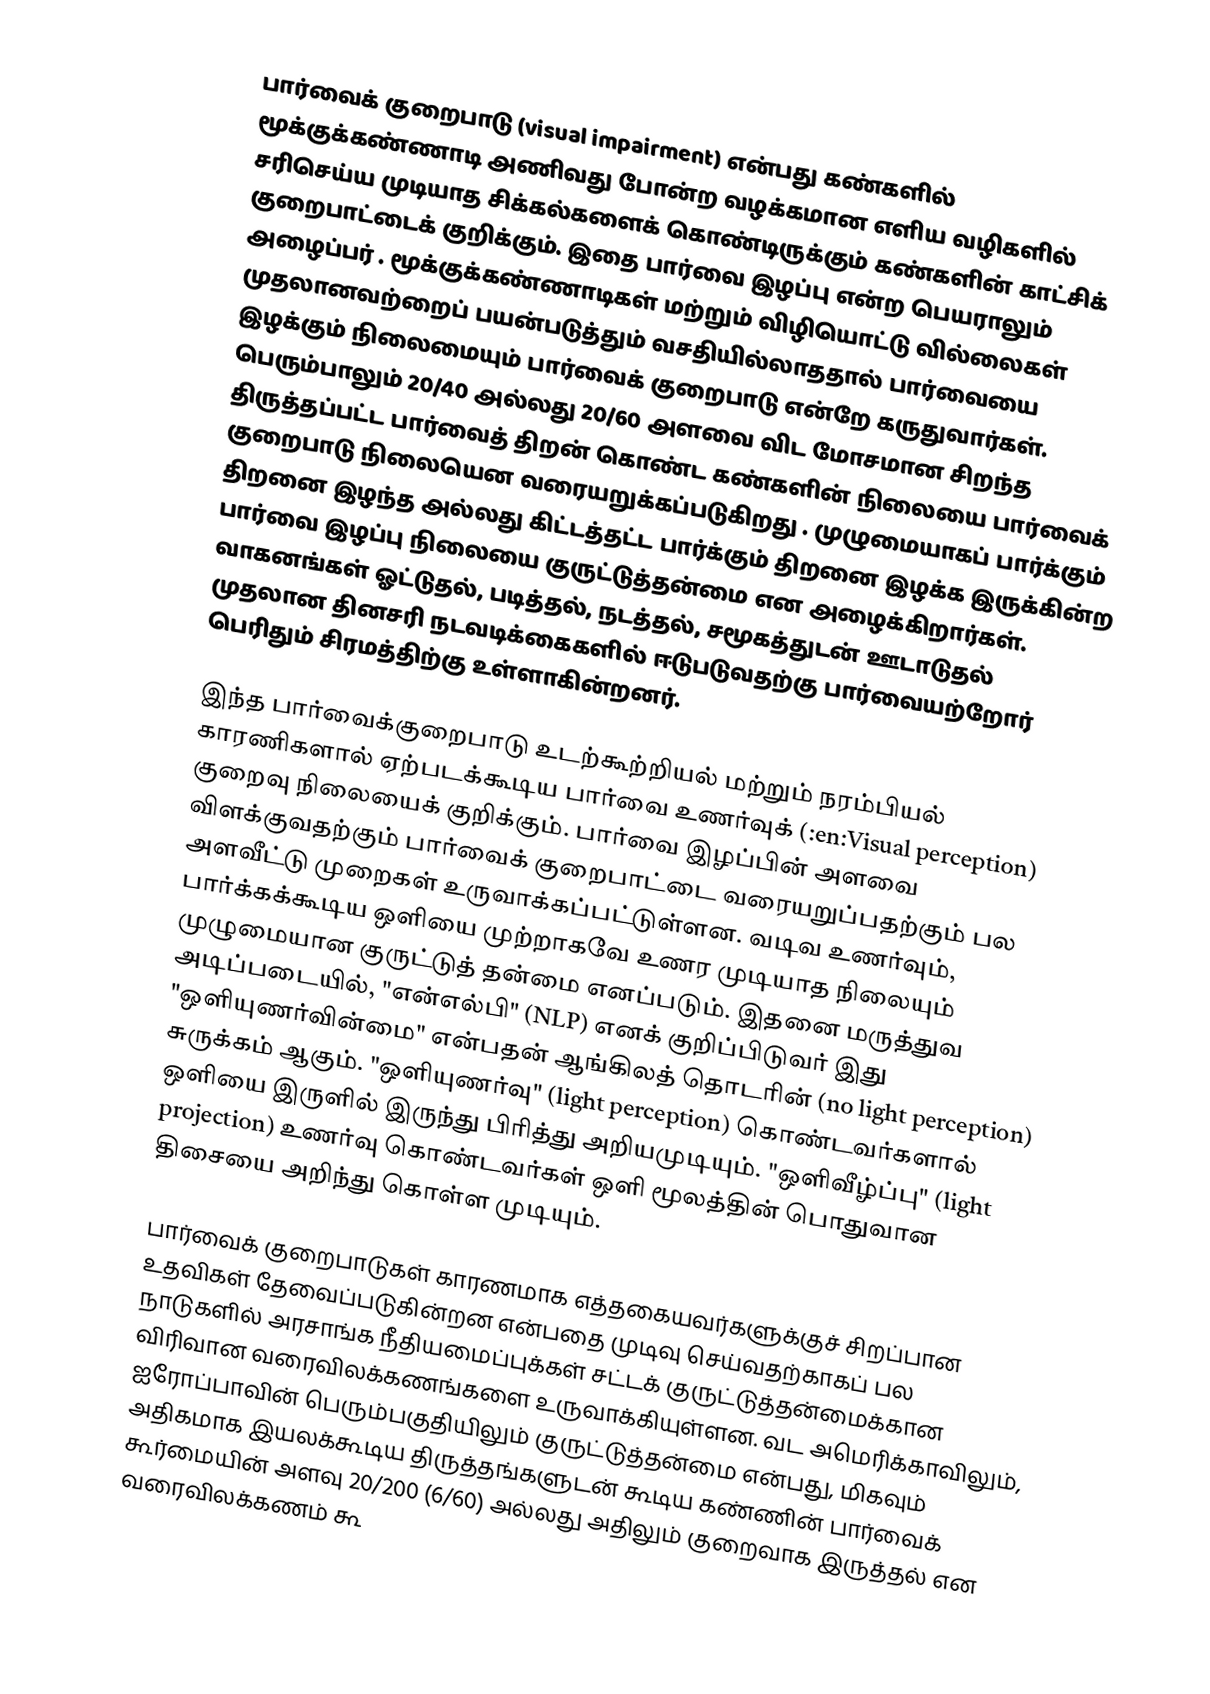
பார்வைக் குறைபாடு (visual impairment) என்பது கண்களில் மூக்குக்கண்ணாடி அணிவது போன்ற வழக்கமான எளிய வழிகளில் சரிசெய்ய முடியாத சிக்கல்களைக் கொண்டிருக்கும் கண்களின் காட்சிக் குறைபாட்டைக் குறிக்கும்.  இதை பார்வை இழப்பு என்ற பெயராலும் அழைப்பர் . மூக்குக்கண்ணாடிகள் மற்றும் விழியொட்டு வில்லைகள் முதலானவற்றைப் பயன்படுத்தும் வசதியில்லாததால் பார்வையை இழக்கும் நிலைமையும் பார்வைக் குறைபாடு என்றே கருதுவார்கள். பெரும்பாலும் 20/40 அல்லது 20/60  அளவை விட மோசமான சிறந்த திருத்தப்பட்ட பார்வைத் திறன் கொண்ட கண்களின் நிலையை பார்வைக் குறைபாடு நிலையென வரையறுக்கப்படுகிறது . முழுமையாகப் பார்க்கும் திறனை இழந்த அல்லது கிட்டத்தட்ட பார்க்கும் திறனை இழக்க இருக்கின்ற பார்வை இழப்பு நிலையை குருட்டுத்தன்மை என அழைக்கிறார்கள். வாகனங்கள் ஓட்டுதல், படித்தல், நடத்தல், சமூகத்துடன் ஊடாடுதல் முதலான தினசரி நடவடிக்கைகளில் ஈடுபடுவதற்கு பார்வையற்றோர் பெரிதும் சிரமத்திற்கு உள்ளாகின்றனர்.

இந்த பார்வைக்குறைபாடு உடற்கூற்றியல் மற்றும் நரம்பியல் காரணிகளால் ஏற்படக்கூடிய பார்வை உணர்வுக் (:en:Visual perception) குறைவு நிலையைக் குறிக்கும். பார்வை இழப்பின் அளவை விளக்குவதற்கும் பார்வைக் குறைபாட்டை வரையறுப்பதற்கும் பல அளவீட்டு முறைகள் உருவாக்கப்பட்டுள்ளன. வடிவ உணர்வும், பார்க்கக்கூடிய ஒளியை முற்றாகவே உணர முடியாத நிலையும் முழுமையான குருட்டுத் தன்மை எனப்படும். இதனை மருத்துவ அடிப்படையில், "என்எல்பி" (NLP) எனக் குறிப்பிடுவர் இது "ஒளியுணர்வின்மை" என்பதன் ஆங்கிலத் தொடரின் (no light perception) சுருக்கம் ஆகும். "ஒளியுணர்வு" (light perception) கொண்டவர்களால் ஒளியை இருளில் இருந்து பிரித்து அறியமுடியும். "ஒளிவீழ்ப்பு" (light projection) உணர்வு கொண்டவர்கள் ஒளி மூலத்தின் பொதுவான திசையை அறிந்து கொள்ள முடியும்.

பார்வைக் குறைபாடுகள் காரணமாக எத்தகையவர்களுக்குச் சிறப்பான உதவிகள் தேவைப்படுகின்றன என்பதை முடிவு செய்வதற்காகப் பல நாடுகளில் அரசாங்க நீதியமைப்புக்கள் சட்டக் குருட்டுத்தன்மைக்கான விரிவான வரைவிலக்கணங்களை உருவாக்கியுள்ளன. வட அமெரிக்காவிலும், ஐரோப்பாவின் பெரும்பகுதியிலும் குருட்டுத்தன்மை என்பது, மிகவும் அதிகமாக இயலக்கூடிய திருத்தங்களுடன் கூடிய கண்ணின் பார்வைக் கூர்மையின் அளவு 20/200 (6/60) அல்லது அதிலும் குறைவாக இருத்தல் என வரைவிலக்கணம் கூ